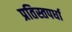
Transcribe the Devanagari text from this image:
प्रतिस्तपर्धा